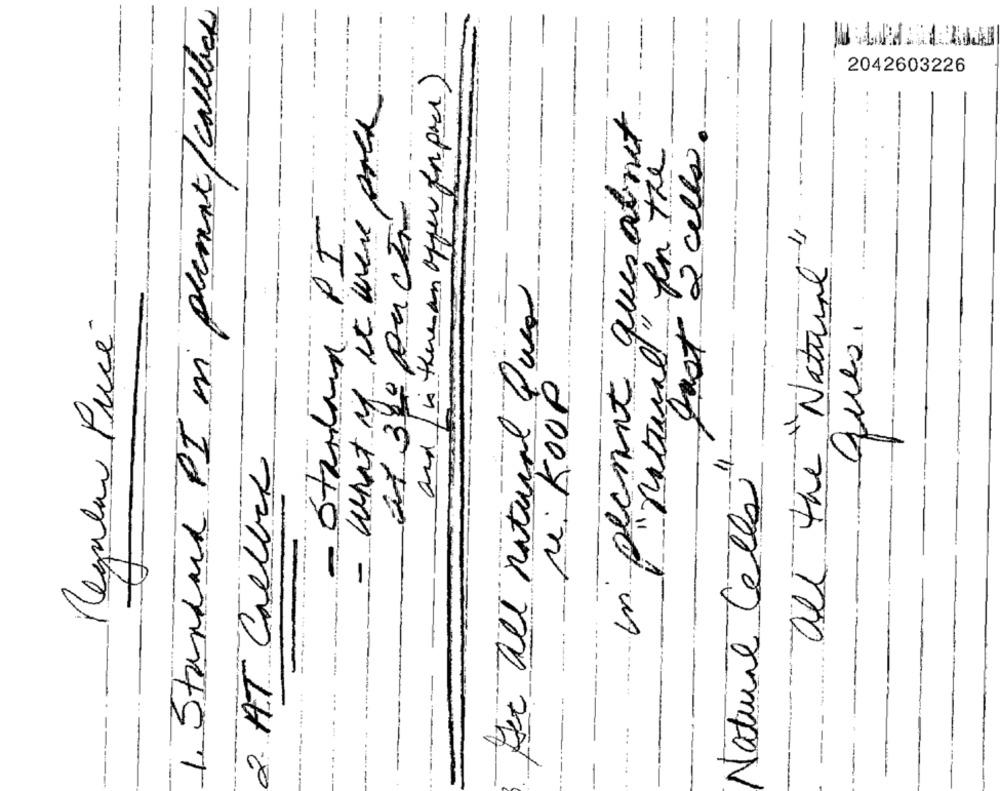
1. Standard PI in plemat/calles
and is there an offer In pace)
2042603226
what if it were esta
in peanut ques ainet
""natural" fen the
gast 2 cellos
21 34º Auch
Striden PI
all the Natural
See all natural Quea
Regular Price
ques.
re: KOOP
11-
2. AT Chelles
Natural Cella
-
=